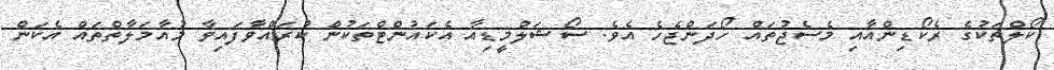
ކޯލްތަކުގެ ރެކޯޑިންއާއި މެސެޖުތައް ހޯދަންޖެހެ އެވެ. ސޯޝަލްމީޑިއާ އެކައުންޓްތަކުން ކުރައްވާފައިވާ މުއާމަލާތްތައް އެކަން